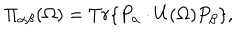
LaTeX: \Pi _ { \alpha \beta } ( \Omega ) = T r \{ P _ { \alpha } \cdot U ( \Omega ) P _ { \beta } \} ,